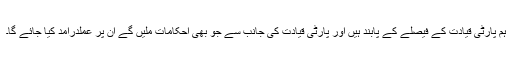
ہم پارٹی قیادت کے فیصلے کے پابند ہیں اور پارٹی قیادت کی جانب سے جو بھی احکامات ملیں گے ان پر عملدرآمد کیا جائے گا۔